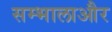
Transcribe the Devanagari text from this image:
सम्भालाऔर